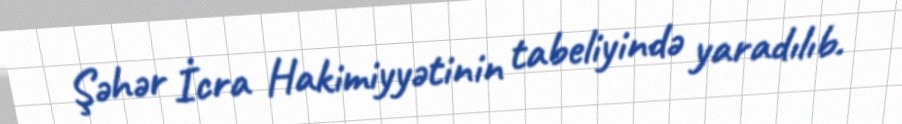
Şəhər İcra Hakimiyyətinin tabeliyində yaradılıb.